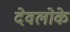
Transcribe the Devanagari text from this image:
देवलोके